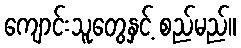
ကျောင်းသူတွေနှင့် စည်မည်။